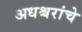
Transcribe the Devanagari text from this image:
अधश्चरांचे